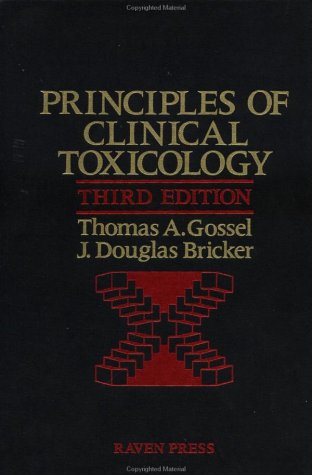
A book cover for Principles Of Clinical Toxicology, Third Edition; Thomas A Gossel; Medical Books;